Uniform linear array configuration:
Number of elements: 8
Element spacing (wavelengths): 0.5
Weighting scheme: binomial
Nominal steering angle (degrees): -60
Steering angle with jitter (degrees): -58.8
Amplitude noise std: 0.05
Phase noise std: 0.05

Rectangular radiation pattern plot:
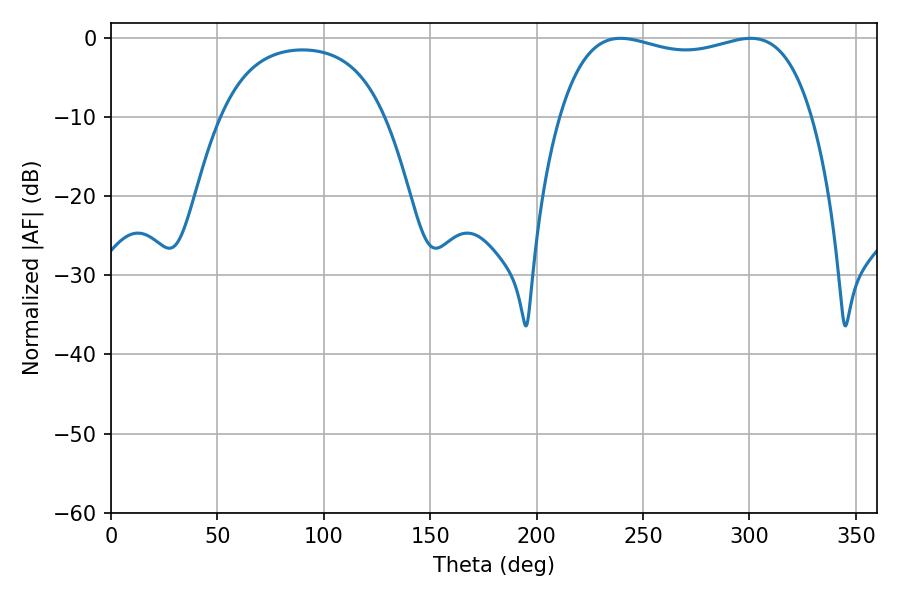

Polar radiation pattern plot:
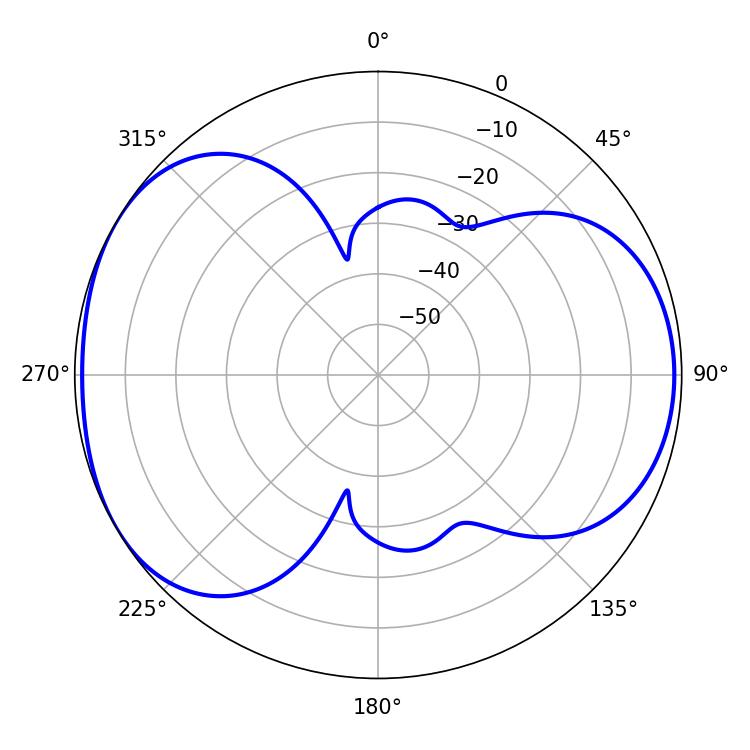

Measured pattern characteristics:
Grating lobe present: FALSE
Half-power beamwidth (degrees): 96.48
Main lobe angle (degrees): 239.4